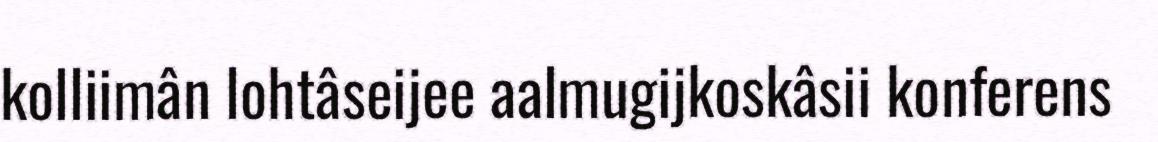
kolliimân lohtâseijee aalmugijkoskâsii konferens